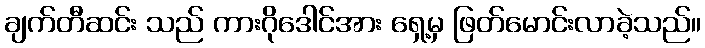
ချက်တီဆင်း သည် ကားဂိုဒေါင်အား ရှေ့မှ ဖြတ်မောင်းလာခဲ့သည်။